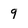
Character: 9